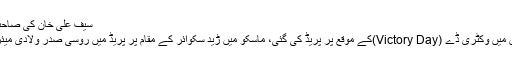
سیف علی خان کی صاحبزادی سارہ علی خان …
روس کے مختلف شہروں میں وکٹری ڈے (Victory Day)کے موقع پر پریڈ کی گئی، ماسکو میں ڑید سکوائر کے مقام پر پریڈ میں روسی صدر ولادی میئر پوٹن بھی موجود تھے۔